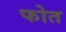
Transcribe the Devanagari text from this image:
फोत